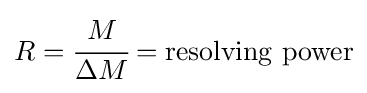
R={\cfrac {M}{\Delta M}}=\mathrm {resolving\ power}